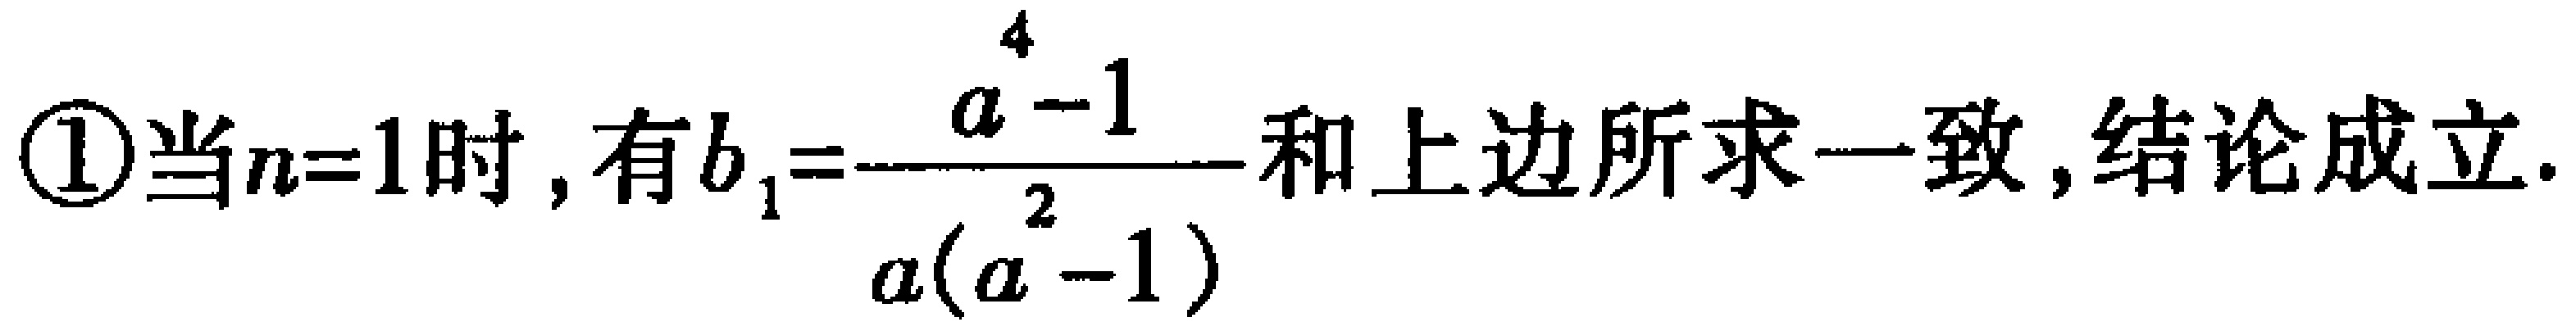
\textcircled{1}当\(n = 1\)时，有\(b_{1}=\frac{a^{4}-1}{a(a^{2}-1)}\)和上边所求一致，结论成立.